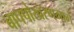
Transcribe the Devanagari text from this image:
बापपोखरणमार्गे